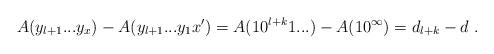
LaTeX: \begin{align*}A(y_{l+1}...y_x) - A(y_{l+1}...y_1x') = A(10^{l+k}1...) - A(1 0 ^\infty) = d_{l+k} - d \ .\end{align*}